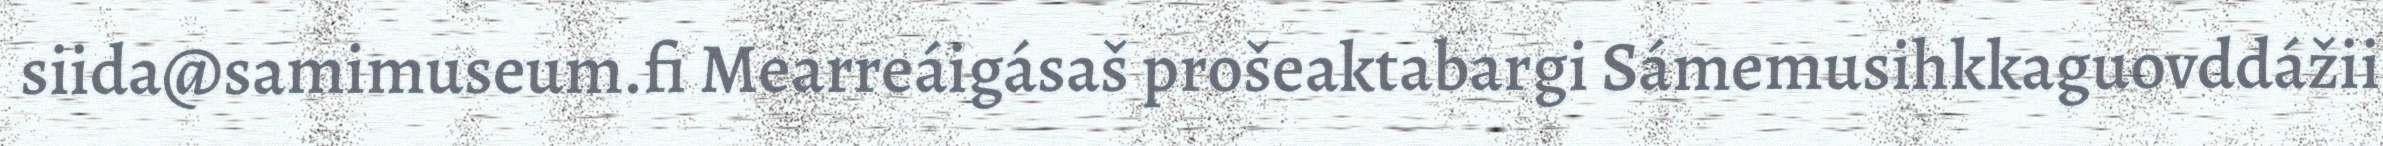
siida@samimuseum.fi Mearreáigásaš prošeaktabargi Sámemusihkkaguovddážii